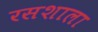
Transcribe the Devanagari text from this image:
रसशाला